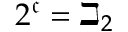
2 ^ { \mathfrak { c } } = \beth _ { 2 }